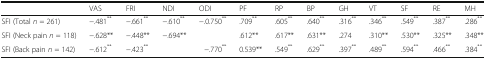
<table><thead><tr><td></td><td><b>VAS</b></td><td><b>FRI</b></td><td><b>NDI</b></td><td><b>ODI</b></td><td><b>PF</b></td><td><b>RP</b></td><td><b>BP</b></td><td><b>GH</b></td><td><b>VT</b></td><td><b>SF</b></td><td><b>RE</b></td><td><b>MH</b></td></tr></thead><tbody><tr><td>SFI (Total <i>n</i> = 261)</td><td>−.481<sup>**</sup></td><td>−.661<sup>**</sup></td><td>−.610<sup>**</sup></td><td>−.0.750<sup>**</sup></td><td>.709<sup>**</sup></td><td>.605<sup>**</sup></td><td>.640<sup>**</sup></td><td>.316<sup>**</sup></td><td>.346<sup>**</sup></td><td>.549<sup>**</sup></td><td>.387<sup>**</sup></td><td>.286<sup>**</sup></td></tr><tr><td>SFI (Neck pain <i>n</i> = 118)</td><td>−.628**</td><td>−.448**</td><td>−.694**</td><td></td><td>.612**</td><td>.617**</td><td>.631**</td><td>.274</td><td>.310**</td><td>.530**</td><td>.325**</td><td>.348**</td></tr><tr><td>SFI (Back pain <i>n</i> = 142)</td><td>−.612<sup>**</sup></td><td>−.423<sup>**</sup></td><td></td><td>−.770<sup>**</sup></td><td>0.539**</td><td>.549<sup>**</sup></td><td>.629<sup>**</sup></td><td>.397<sup>**</sup></td><td>.489<sup>**</sup></td><td>.594<sup>**</sup></td><td>.466<sup>**</sup></td><td>.384<sup>**</sup></td></tr></tbody></table>